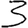
Digit: 3